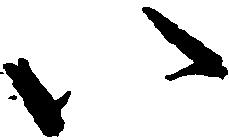
い